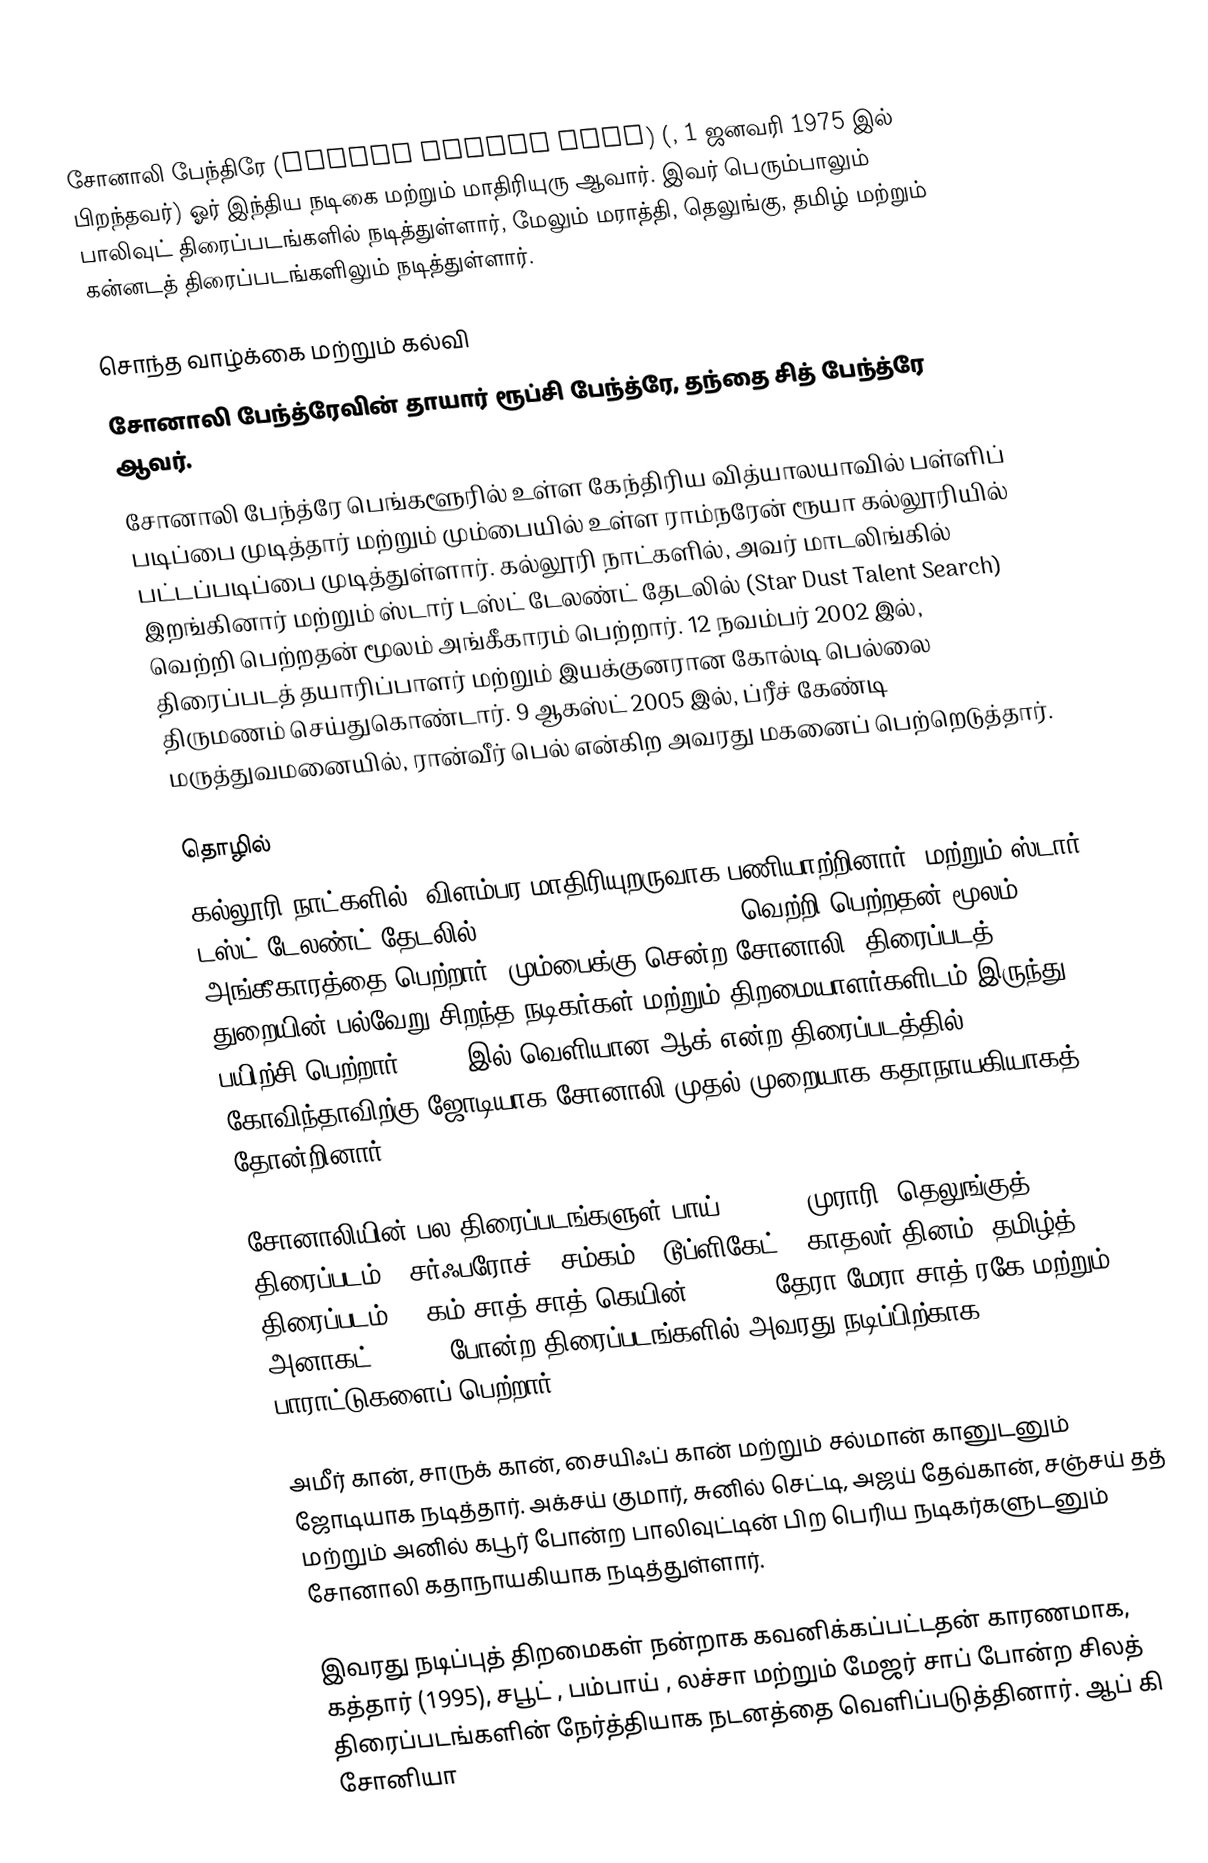
சோனாலி பேந்திரே (Sonali Bendre Behl) (, 1 ஜனவரி 1975 இல் பிறந்தவர்) ஓர் இந்திய நடிகை மற்றும் மாதிரியுரு ஆவார். இவர் பெரும்பாலும் பாலிவுட் திரைப்படங்களில் நடித்துள்ளார், மேலும் மராத்தி, தெலுங்கு, தமிழ் மற்றும் கன்னடத் திரைப்படங்களிலும் நடித்துள்ளார்.

சொந்த வாழ்க்கை மற்றும் கல்வி
சோனாலி பேந்த்ரேவின் தாயார் ரூப்சி பேந்த்ரே, தந்தை சித் பேந்த்ரே ஆவர்.
சோனாலி பேந்த்ரே பெங்களூரில் உள்ள கேந்திரிய வித்யாலயாவில் பள்ளிப் படிப்பை முடித்தார் மற்றும் மும்பையில் உள்ள ராம்நரேன் ரூயா கல்லூரியில் பட்டப்படிப்பை முடித்துள்ளார்.  கல்லூரி நாட்களில், அவர் மாடலிங்கில் இறங்கினார் மற்றும் ஸ்டார் டஸ்ட் டேலண்ட் தேடலில் (Star Dust Talent Search) வெற்றி பெற்றதன் மூலம் அங்கீகாரம் பெற்றார். 12 நவம்பர் 2002 இல், திரைப்படத் தயாரிப்பாளர் மற்றும் இயக்குனரான கோல்டி பெல்லை திருமணம் செய்துகொண்டார். 9 ஆகஸ்ட் 2005 இல், ப்ரீச் கேண்டி மருத்துவமனையில், ரான்வீர் பெல் என்கிற அவரது மகனைப் பெற்றெடுத்தார்.

தொழில்
கல்லூரி நாட்களில், விளம்பர மாதிரியுறருவாக பணியாற்றினார். மற்றும் ஸ்டார் டஸ்ட் டேலண்ட் தேடலில் (Star Dust Talent Search) வெற்றி பெற்றதன் மூலம் அங்கீகாரத்தை பெற்றார். மும்பைக்கு சென்ற சோனாலி, திரைப்படத் துறையின் பல்வேறு சிறந்த நடிகர்கள் மற்றும் திறமையாளர்களிடம் இருந்து பயிற்சி பெற்றார். 1994 இல் வெளியான ஆக் என்ற   திரைப்படத்தில் கோவிந்தாவிற்கு ஜோடியாக சோனாலி முதல் முறையாக கதாநாயகியாகத் தோன்றினார்.

சோனாலியின் பல திரைப்படங்களுள் பாய் (1997), முராரி (தெலுங்குத் திரைப்படம்), சர்ஃபரோச் , சம்கம் , டூப்ளிகேட் , காதலர் தினம் (தமிழ்த் திரைப்படம்) , கம் சாத்-சாத் கெயின் (1999), தேரா மேரா சாத் ரகே  மற்றும் அனாகட் (2003) போன்ற திரைப்படங்களில் அவரது நடிப்பிற்காக பாராட்டுகளைப் பெற்றார்.

அமீர் கான், சாருக் கான், சையிஃப் கான் மற்றும் சல்மான் கானுடனும் ஜோடியாக நடித்தார். அக்சய் குமார், சுனில் செட்டி, அஜய் தேவ்கான், சஞ்சய் தத் மற்றும் அனில் கபூர் போன்ற பாலிவுட்டின் பிற பெரிய நடிகர்களுடனும் சோனாலி கதாநாயகியாக நடித்துள்ளார்.

இவரது நடிப்புத் திறமைகள் நன்றாக கவனிக்கப்பட்டதன் காரணமாக, கத்தார் (1995), சபூட் , பம்பாய் , லச்சா  மற்றும் மேஜர் சாப் போன்ற சிலத் திரைப்படங்களின் நேர்த்தியாக நடனத்தை வெளிப்படுத்தினார். ஆப் கி சோனியா